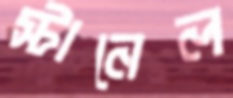
স্টানেল